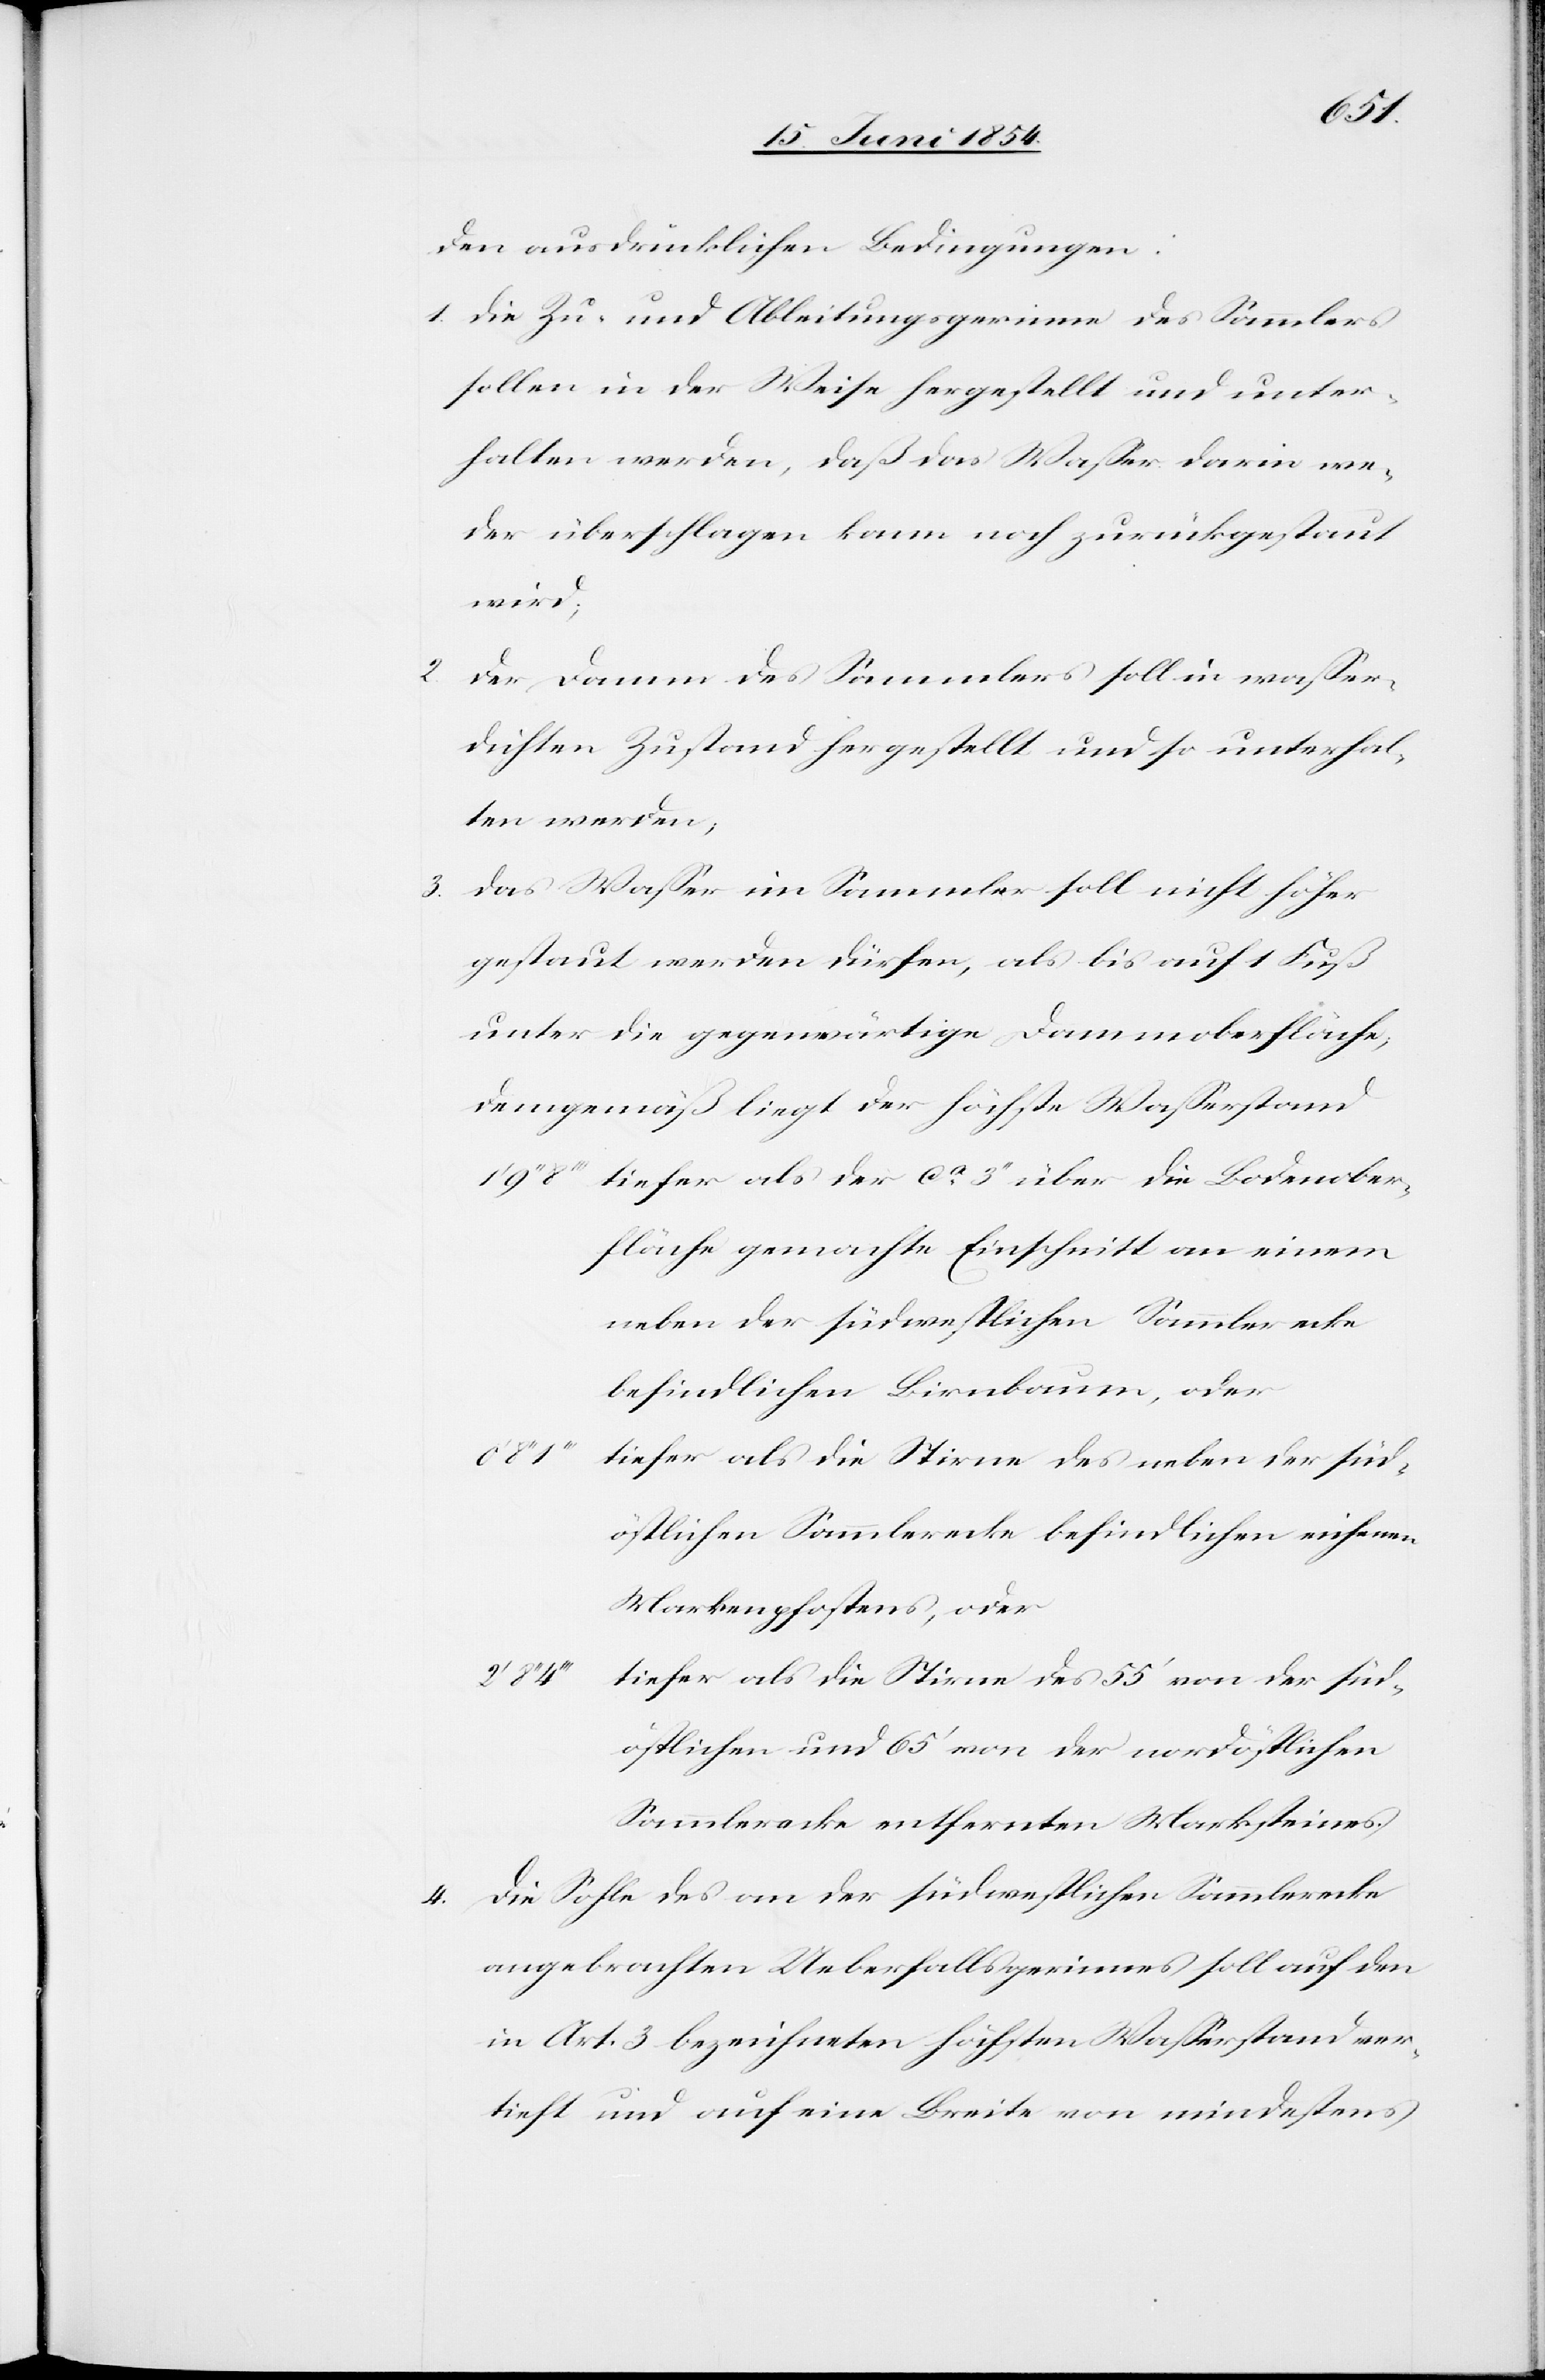
3.

den ausdrücklichen Bedingungen:
1. Die Zu- und Ableitungsgerinne des Sammlers
sollen in der Weise hergestellt und unter¬
halten werden, daß das Waßer darin we¬
der überschlagen kann noch zurückgestaut
wird;
Der Damm des Sammlers soll in waßer¬
dichten Zustand hergestellt und so unterhal¬
ten werden;
Das Waßer im Sammler soll nicht höher
gestaut werden dürfen, als bis auf 1 Fuß
unter die gegenwärtige Dammoberfläche;
demgemäß liegt der höchste Waßerstand
8‘‘‘ tiefer als der ca 3‘‘ über die Bodenober¬
fläche gemachte Einschnitt an einem
neben der südwestlichen Sammlerecke
befindlichen Birnbaum, oder
tiefer als die Stirne des neben der süd¬
östlichen Sammlerecke befindlichen eichenen
Markenpfostens, oder
4‘‘‘ tiefer als die Stirne des 55‘ von der süd¬
östlichen und 65‘ von der nordöstlichen
Sammlerecke entfernten Marksteines.
4. Die Sohle des an der südwestlichen Sammlerecke
angebrachten Ueberfallsgerinnes soll auf den
in Art. 3 bezeichneten höchsten Waßerstand ver¬
tieft und auf eine Breite von mindestens